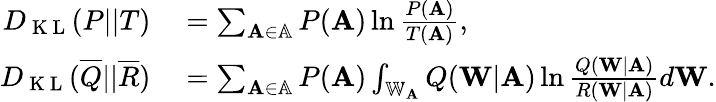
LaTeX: \begin{array}{rl}{D_{\mathrm{~K~L~}}(P||T)}&{{}=\sum_{\mathbf{A}\in\mathbb{A}}P(\mathbf{A})\ln\frac{P(\mathbf{A})}{T(\mathbf{A})},}\\ {D_{\mathrm{~K~L~}}(\overline{{Q}}||\overline{{R}})}&{{}=\sum_{\mathbf{A}\in\mathbb{A}}P(\mathbf{A})\int_{\mathbb{W}_{\mathbf{A}}}Q(\mathbf{W}|\mathbf{A})\ln\frac{Q(\mathbf{W}|\mathbf{A})}{R(\mathbf{W}|\mathbf{A})}d\mathbf{W}.}\end{array}